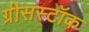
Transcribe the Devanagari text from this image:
ग्रीसस्टॉक